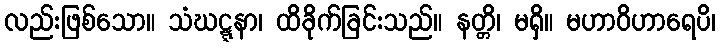
လည်းဖြစ်သော။ သံဃဋ္ဋနာ၊ ထိခိုက်ခြင်းသည်။ နတ္တိ၊ မရှိ။ မဟာဝိဟာရေပိ၊